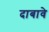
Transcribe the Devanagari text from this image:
दाबावे